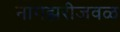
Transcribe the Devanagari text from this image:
नागझरीजवळ